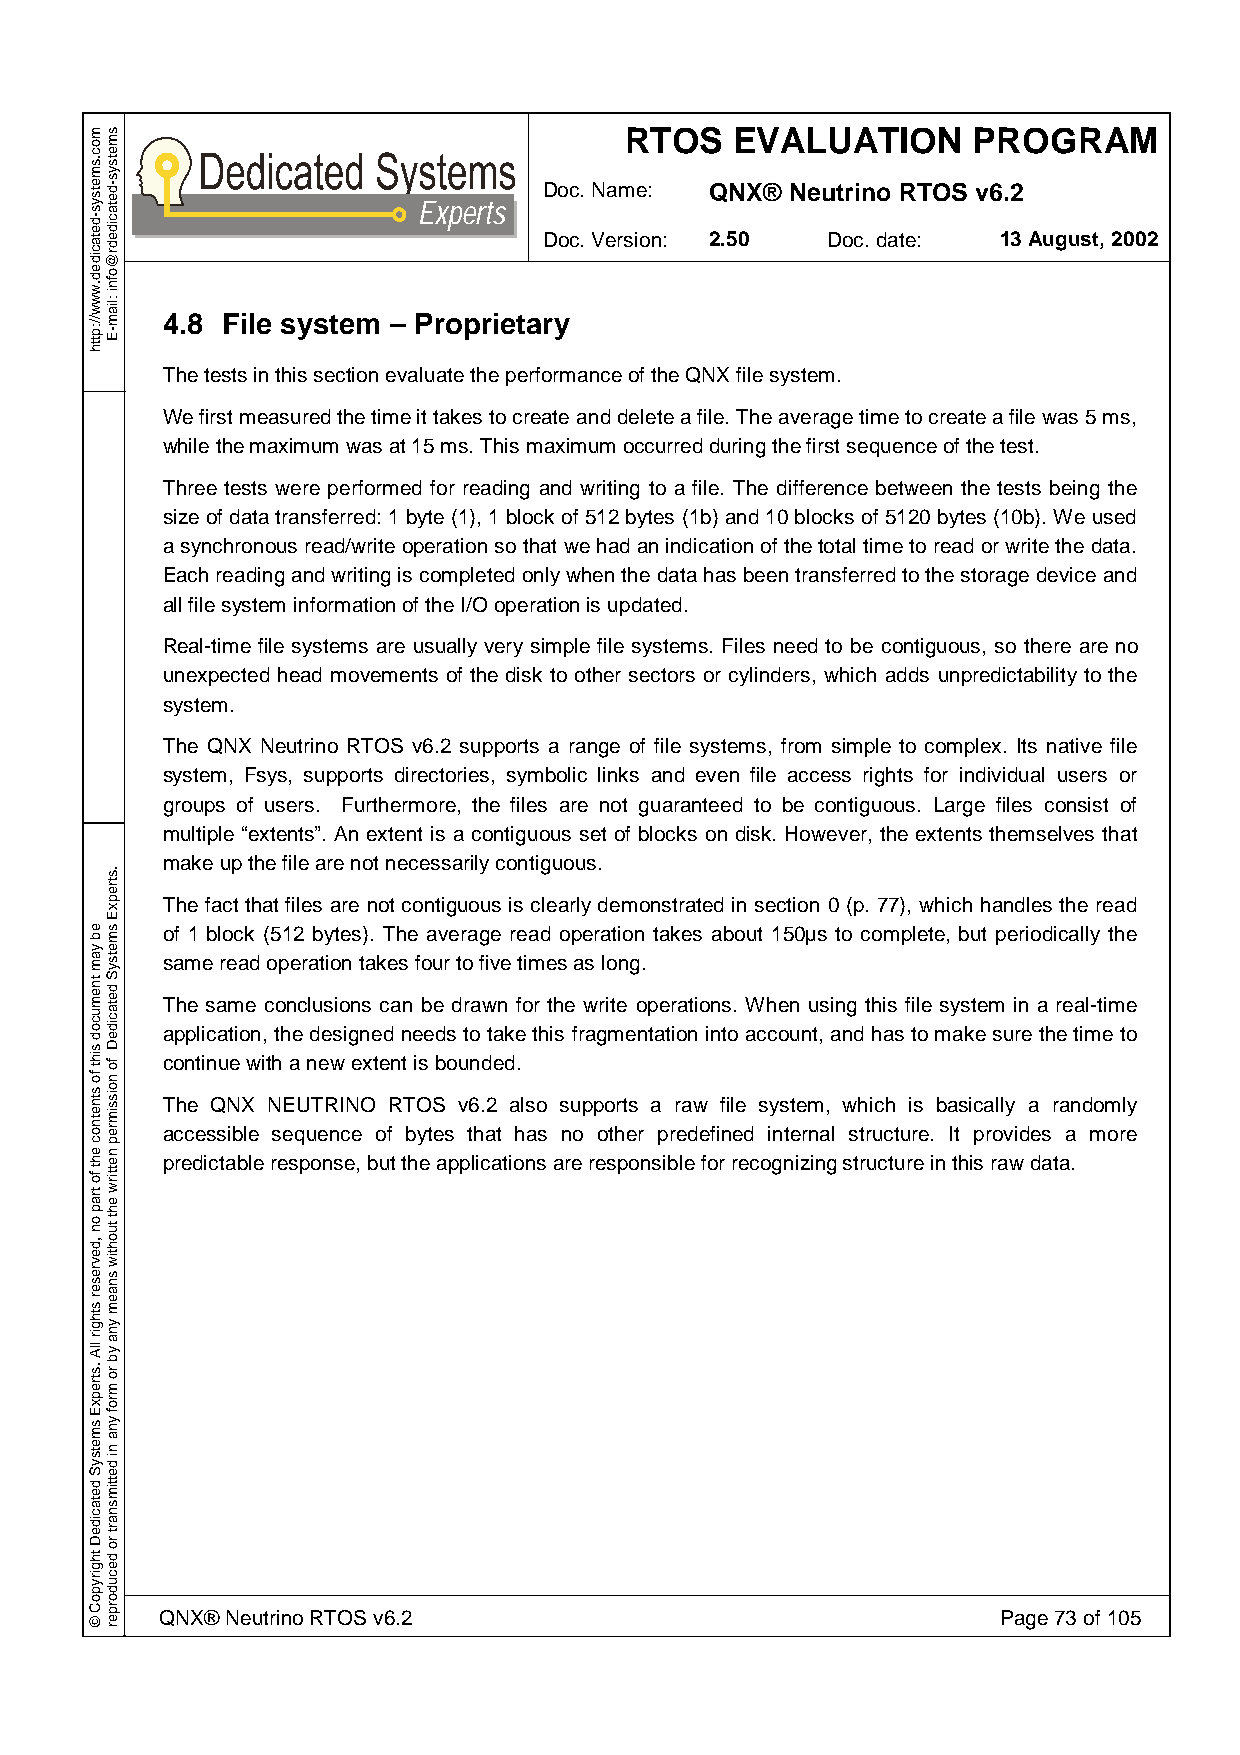
RTOS    EVALUATION     PROGRAM
 Doc. Name: QNX® Neutrino RTOS v6.2
 Experts
 Doc. Version: 2.50 Doc. date: 13 August, 2002
 4.8 File system – Proprietary
 The tests in this section evaluate the performance of the QNX file system.
 We first measured the time it takes to create and delete a file. The average time to create a file was 5 ms,
 while the maximum was at 15 ms. This maximum occurred during the first sequence of the test.
 Three tests were performed for reading and writing to a file. The difference between the tests being the
 size of data transferred: 1 byte (1), 1 block of 512 bytes (1b) and 10 blocks of 5120 bytes (10b). We used
 a synchronous read/write operation so that we had an indication of the total time to read or write the data.
 Each reading and writing is completed only when the data has been transferred to the storage device and
 all file system information of the I/O operation is updated.
 Real-time file systems are usually very simple file systems. Files need to be contiguous, so there are no
 unexpected head movements of the disk to other sectors or cylinders, which adds unpredictability to the
 system.
 The QNX Neutrino RTOS v6.2 supports a range of file systems, from simple to complex. Its native file
 system, Fsys, supports directories, symbolic links and even file access rights for individual users or
 groups of users. Furthermore, the files are not guaranteed to be contiguous. Large files consist of
 multiple “extents”. An extent is a contiguous set of blocks on disk. However, the extents themselves that
 make up the file are not necessarily contiguous.
 The fact that files are not contiguous is clearly demonstrated in section 0 (p. 77), which handles the read
 of 1 block (512 bytes). The average read operation takes about 150µs to complete, but periodically the
 same read operation takes four to five times as long.
 The same conclusions can be drawn for the write operations. When using this file system in a real-time
 application, the designed needs to take this fragmentation into account, and has to make sure the time to
 continue with a new extent is bounded.
 The QNX NEUTRINO RTOS v6.2 also supports a raw file system, which is basically a randomly
 accessible sequence of bytes that has no other predefined internal structure. It provides a more
 predictable response, but the applications are responsible for recognizing structure in this raw data.
 QNX® Neutrino RTOS v6.2                                Page 73 of 105
 moc.smetsys-detacided.www//:ptth
 eb
 yam
 tnemucod
 siht
 fo
 stnetnoc
 eht
 fo
 trap
 on
 ,devreser
 sthgir
 llA
 .strepxE
 smetsyS
 detacideD
 thgirypoC
 ©
 smetsys-detacidedr@ofni
 :liam-E
 .strepxE
 smetsyS
 detacideD
 fo
 noissimrep
 nettirw
 eht
 tuohtiw
 snaem
 yna
 yb
 ro
 mrof
 yna
 ni
 dettimsnart
 ro
 decudorper